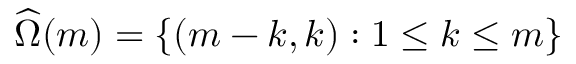
\widehat { \Omega } ( m ) = \{ ( m - k , k ) : 1 \leq k \leq m \}